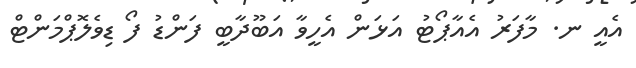
އެއީ ނ. މާފަރު އެއާޕޯޓު އަޅަން އެހީވާ އަބޫދާބީ ފަންޑު ފޯ ޑިވެލޮޕްމަންޓް